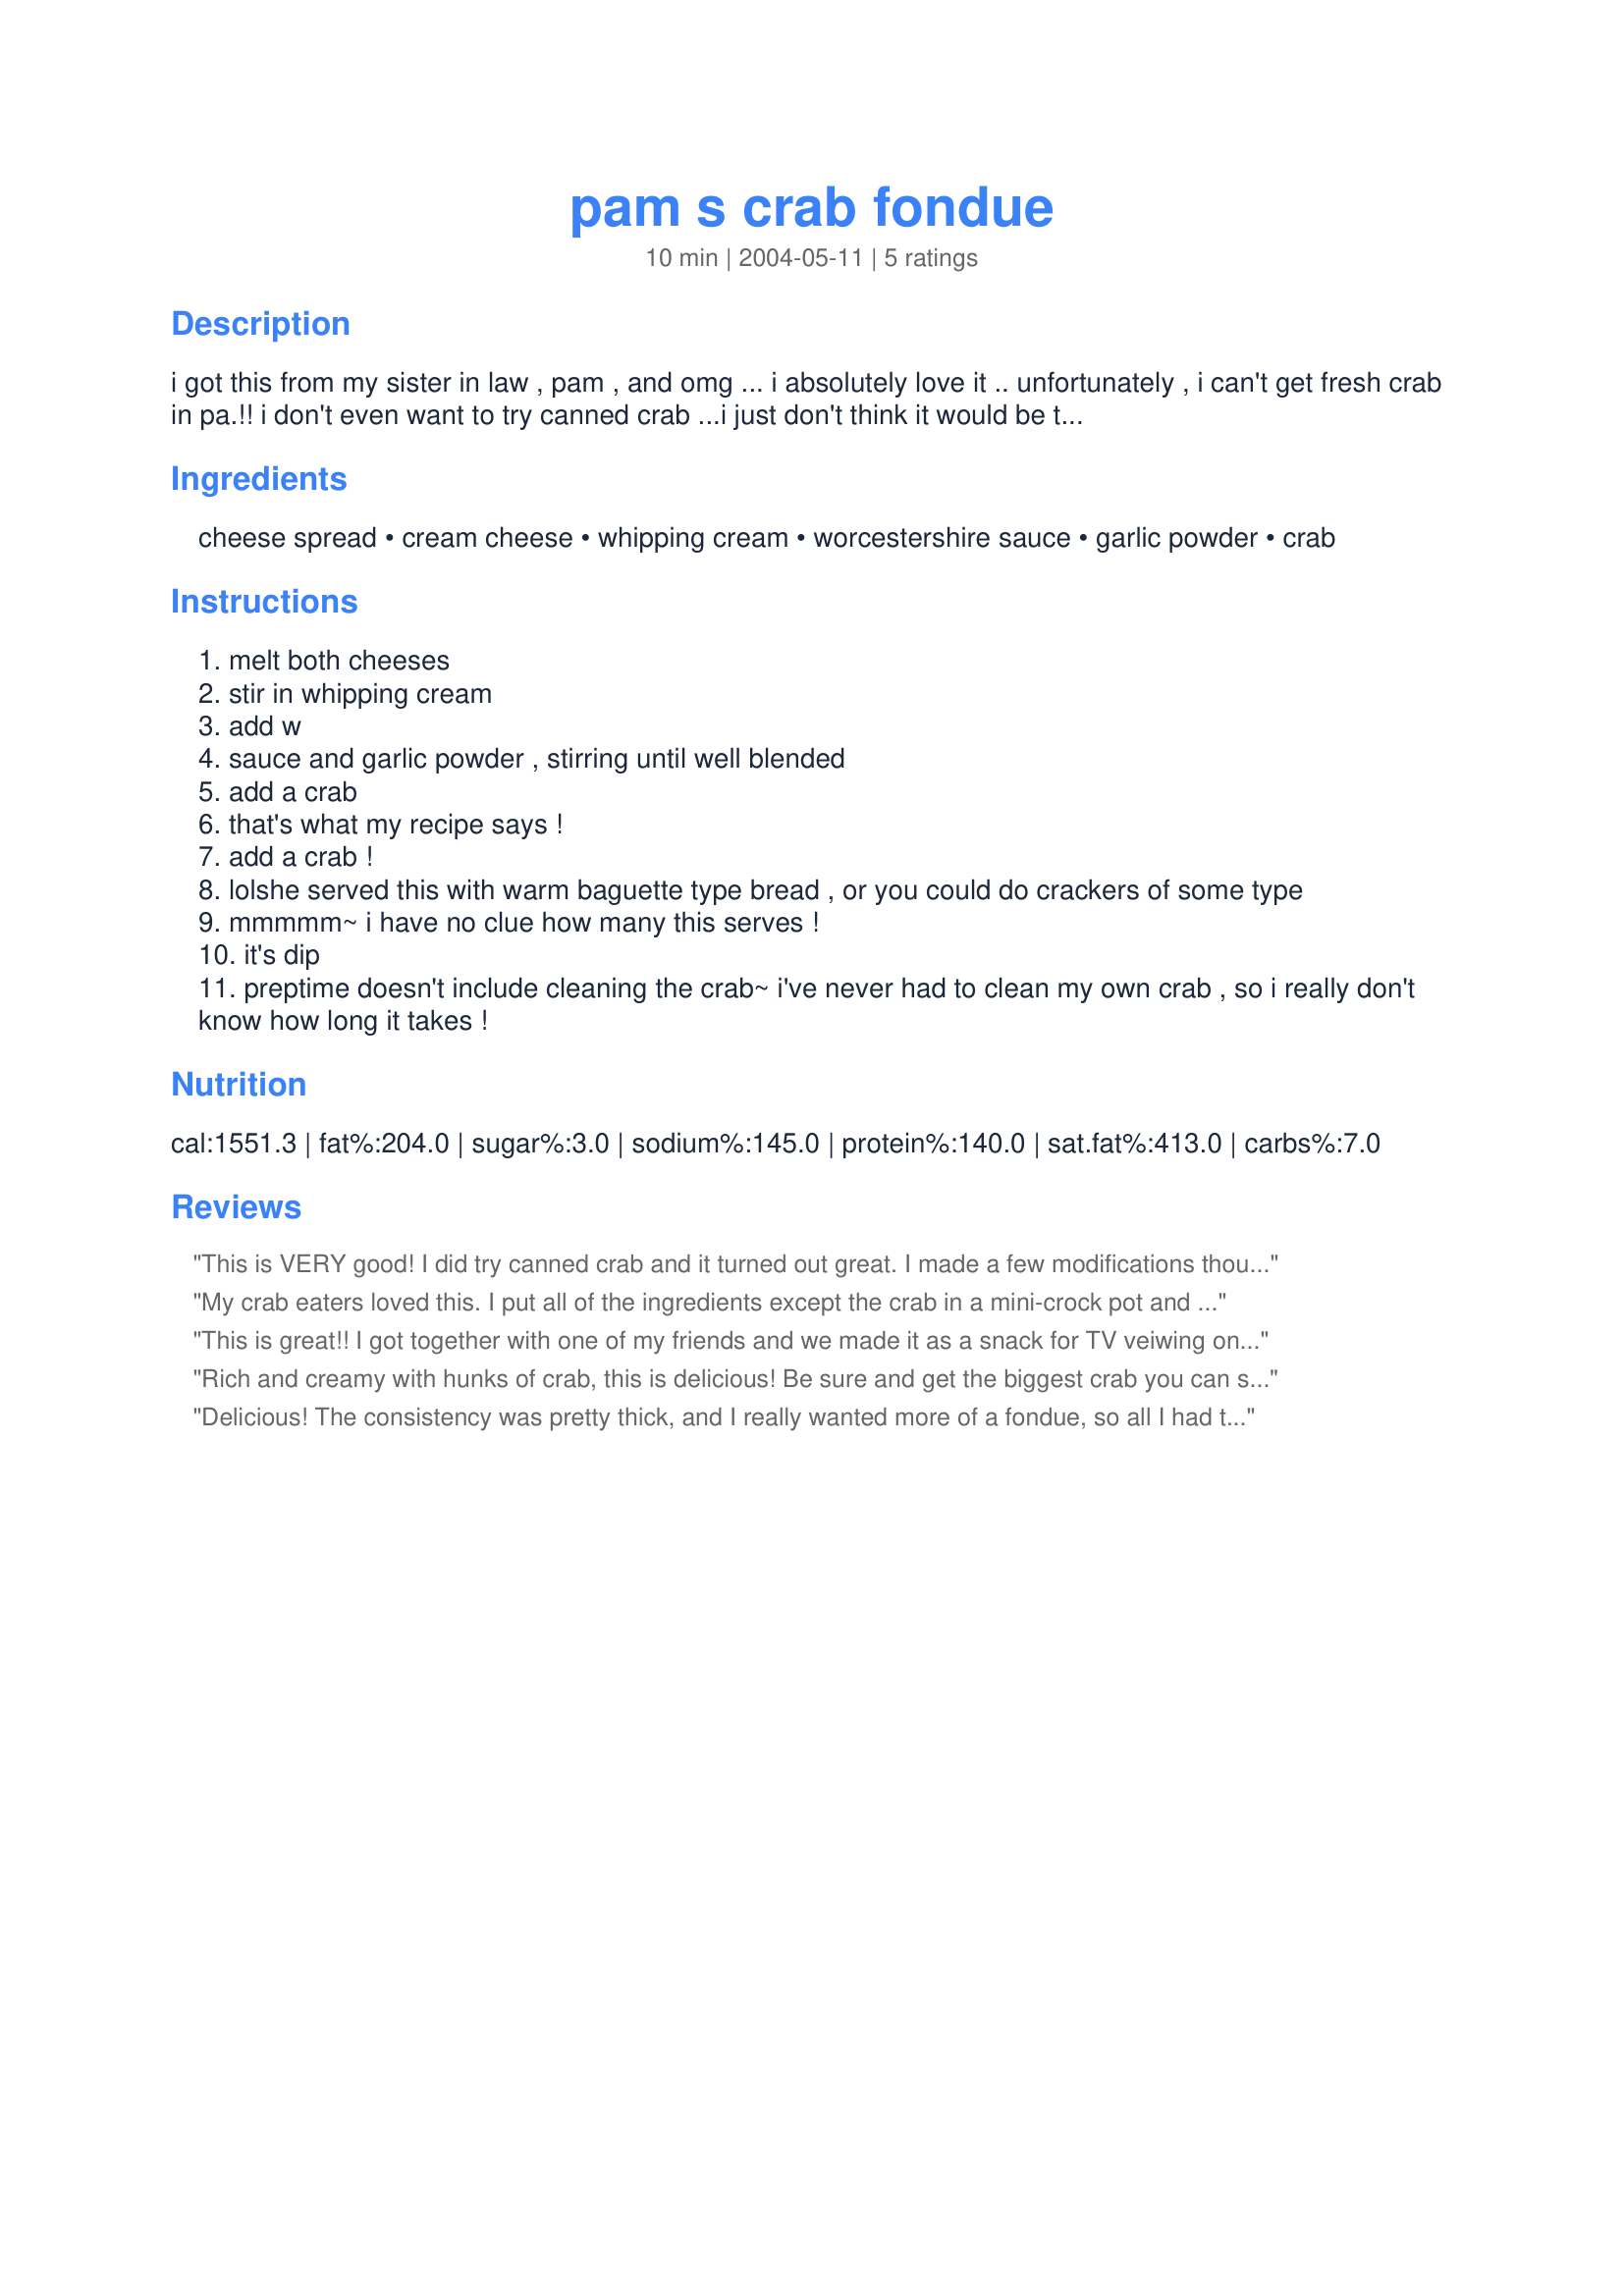
pam s crab fondue
Preparation time: 10 minutes

i got this from my sister in law , pam , and omg ... i absolutely love it .. unfortunately , i can't get fresh crab in pa.!! i don't even want to try canned crab ...i just don't think it would be the same... if anyone does happen to try it with canned, let me know how it works?? :)

Ingredients:
cheese spread, cream cheese, whipping cream, worcestershire sauce, garlic powder, crab

Steps:
melt both cheeses
stir in whipping cream
add w
sauce and garlic powder , stirring until well blended
add a crab
that's what my recipe says !
add a crab !
lolshe served this with warm baguette type bread , or you could do crackers of some type
mmmmm~ i have no clue how many this serves !
it's dip
preptime doesn't include cleaning the crab~ i've never had to clean my own crab , so i really don't know how long it takes !

Reviews:
This is VERY good! I did try canned crab and it turned out great. I made a few modifications though, to make it a little for "fondue-like" instead of just hot crab dip-like. I upped the worchestershire to a 1/2 tsp. and in addition added a 1/2tsp. of cooking sherry. Served with french bread chunks and YUM! Next time I think I will add a tick more whipping cream, to make the consistency not quite so thick. It's a keeper though!
My crab eaters loved this. I put all of the ingredients except the crab in a mini-crock pot and let it heat until the cheese mixture could be stirred smooh. Then I added the crab and stirred it in carefully. If you don't have a crab to clean and add you could use the canned crab from Costco like I did. (I used about 8 oz. and it was plenty.)
This is great!! I got together with one of my friends and we made it as a snack for TV veiwing one night. It was so good we made complete pigs of ourselves and ate the whole thing!!! We Couldn't move off the couch and vowed not to eat so much the next time, but it was just sooo good! So thanks for the recipe!
Rich and creamy with hunks of crab, this is delicious! Be sure and get the biggest crab you can so you can have some in every bite! I don't have a fondue pot, but it's easily made in a saucepan on the stove top on low heat and takes no time at all. I sliced a warm, crusty baguette for dipping and called it a meal! YUM!! Thanks Marlene! :)
Delicious! The consistency was pretty thick, and I really wanted more of a fondue, so all I had to do was add just a little more whipping cream to it. Served it with toasted baguette slices and a few cut up veggies....mmmmmmmmmmm!
Thanks for sharing Marlene :)
